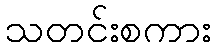
သတင်းစကား